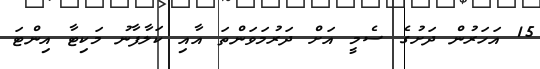
15 އަހަރުން ދަށުގެ ސެމީ އަށް ދަރުމަވަންތަ އާއި ކަލާފާނު މަކިޓާ އިންޓަ